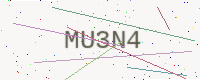
Text: MU3N4